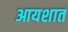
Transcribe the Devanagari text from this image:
आयशात